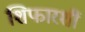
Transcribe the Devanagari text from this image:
शिफारशीं